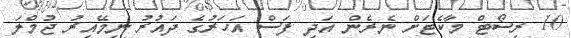
10 ރިސޯޓް މާކެޓަށް ނެރެން އަދި ފަސް އަހަރުގެ ދައުރު ނިމޭއިރު ޖުމްލަ